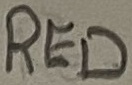
Text: RED